Senior Leaving Certificate Examination (including Day School Certificate (Higher) General paper), 1946
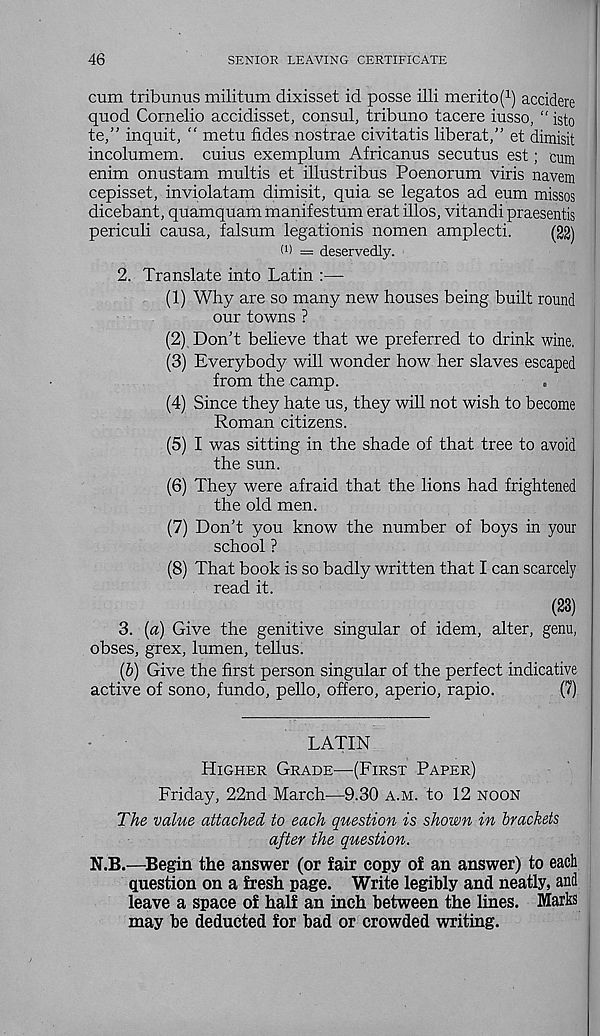
46
SENIOR LEAVING CERTIFICATE
cum tribunus militum dixisset id posse illi merito( 1 ) accidere
quod Cornelio accidisset, consul, tribune tacere iusso, “ isto
te,” inquit, “ metu fides nostrae civitatis liberat,” et dimisit
incolumem. cuius exemplum Africanus secutus est; cum
enim onustam multis et illustribus Poenorum viris navem
cepisset, inviolatam dimisit, quia se legates ad eum missos
dicebant, quamquam manifestum erat illos, vitandi praesentis
periculi causa, falsum legationis nomen amplecti.
(22)
(i) = deservedly.
2. Translate into Latin :—-
(1) Why are so many new houses being built round
our towns ?
(2) Don’t believe that we preferred to drink wine.
(3) Everybody will wonder how her slaves escaped
from the camp.
(4) Since they hate us, they will not wish to become
Roman citizens.
(5) I was sitting in the shade of that tree to avoid
the sun.
(6) They were afraid that the lions had frightened
the old men.
(7) Don’t you know the number of boys in your
school?
(8) That book is so badly written that I can scarcely
read it.
(23)
3. (a) Give the genitive singular of idem, alter, genu,
obses, grex, lumen, tellus.
(b) Give the first person singular of the perfect indicative
active of sono, fundo, pello, offero, aperio, rapio.
(7)
LATIN
Higher Grade—(First Paper)
Friday, 22nd March—9.30 a.m. to 12 noon
The value attached to each question is shown in brackets
after the question.
N.B.—Begin the answer (or fair copy of an answer) to each
question on a fresh page. Write legibly and neatly, and
leave a space of half an inch between the lines. Marks
may be deducted for bad or crowded writing.